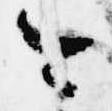
今